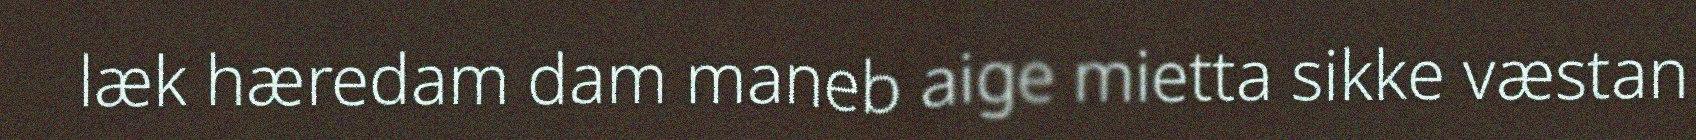
læk hæredam dam maneb aige mietta sikke væstan